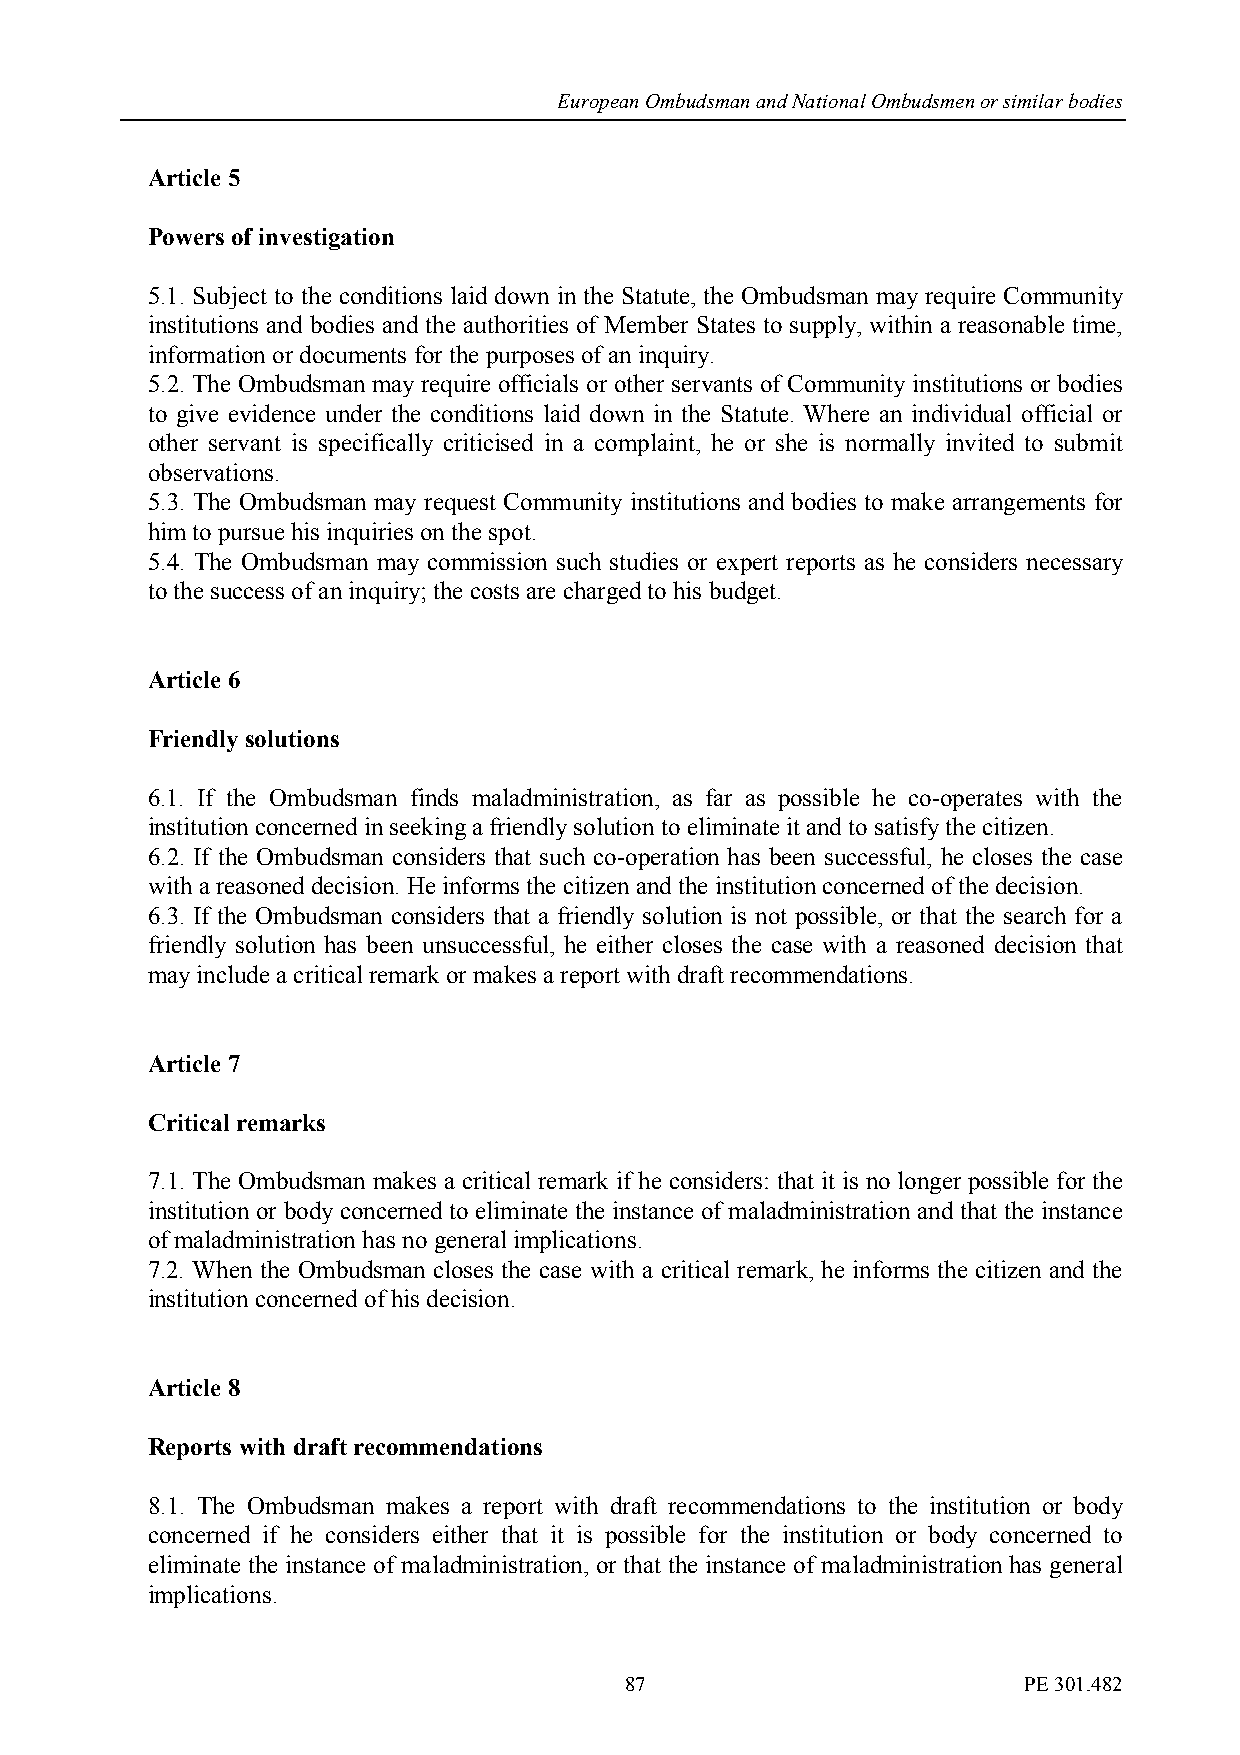
European Ombudsman and National Ombudsmen or similar bodies
 Article 5
 Powers of investigation
 5.1. Subject to the conditions laid down in the Statute, the Ombudsman may require Community
 institutions and bodies and the authorities of Member States to supply, within a reasonable time,
 information or documents for the purposes of an inquiry.
 5.2. The Ombudsman may require officials or other servants of Community institutions or bodies
 to give evidence under the conditions laid down in the Statute. Where an individual official or
 other servant is specifically criticised in a complaint, he or she is normally invited to submit
 observations.
 5.3. The Ombudsman may request Community institutions and bodies to make arrangements for
 him to pursue his inquiries on the spot.
 5.4. The Ombudsman may commission such studies or expert reports as he considers necessary
 to the success of an inquiry; the costs are charged to his budget.
 Article 6
 Friendly solutions
 6.1. If the Ombudsman finds maladministration, as far as possible he co-operates with the
 institution concerned in seeking a friendly solution to eliminate it and to satisfy the citizen.
 6.2. If the Ombudsman considers that such co-operation has been successful, he closes the case
 with a reasoned decision. He informs the citizen and the institution concerned of the decision.
 6.3. If the Ombudsman considers that a friendly solution is not possible, or that the search for a
 friendly solution has been unsuccessful, he either closes the case with a reasoned decision that
 may include a critical remark or makes a report with draft recommendations.
 Article 7
 Critical remarks
 7.1. The Ombudsman makes a critical remark if he considers: that it is no longer possible for the
 institution or body concerned to eliminate the instance of maladministration and that the instance
 of maladministration has no general implications.
 7.2. When the Ombudsman closes the case with a critical remark, he informs the citizen and the
 institution concerned of his decision.
 Article 8
 Reports with draft recommendations
 8.1. The Ombudsman makes a report with draft recommendations to the institution or body
 concerned if he considers either that it is possible for the institution or body concerned to
 eliminate the instance of maladministration, or that the instance of maladministration has general
 implications.
 87                         PE 301.482